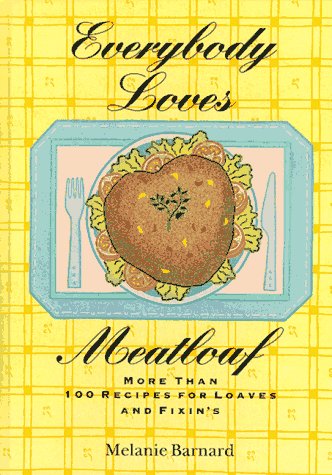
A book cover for Everybody Loves Meatloaf: More Than 100 Recipes for Loaves and Fixings; Melanie Barnard; Cookbooks, Food & Wine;